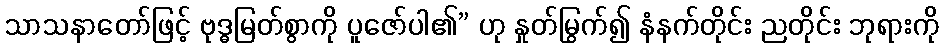
သာသနာတော်ဖြင့် ဗုဒ္ဓမြတ်စွာကို ပူဇော်ပါ၏” ဟု နှုတ်မြွက်၍ နံနက်တိုင်း ညတိုင်း ဘုရားကို